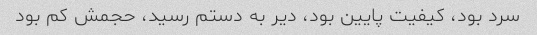
سرد بود، کیفیت پایین بود، دیر به دستم رسید، حجمش کم بود